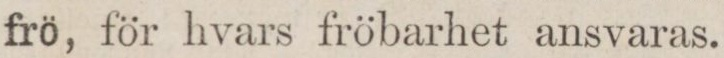
frö, för hvars fröbarhet ansvaras.